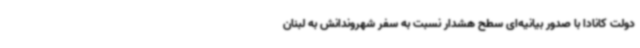
دولت کانادا با صدور بیانیه‌ای سطح هشدار نسبت به سفر شهروندانش به لبنان